Vaccination report Assam 1896-1927 - 1896-1927
Year: 1896
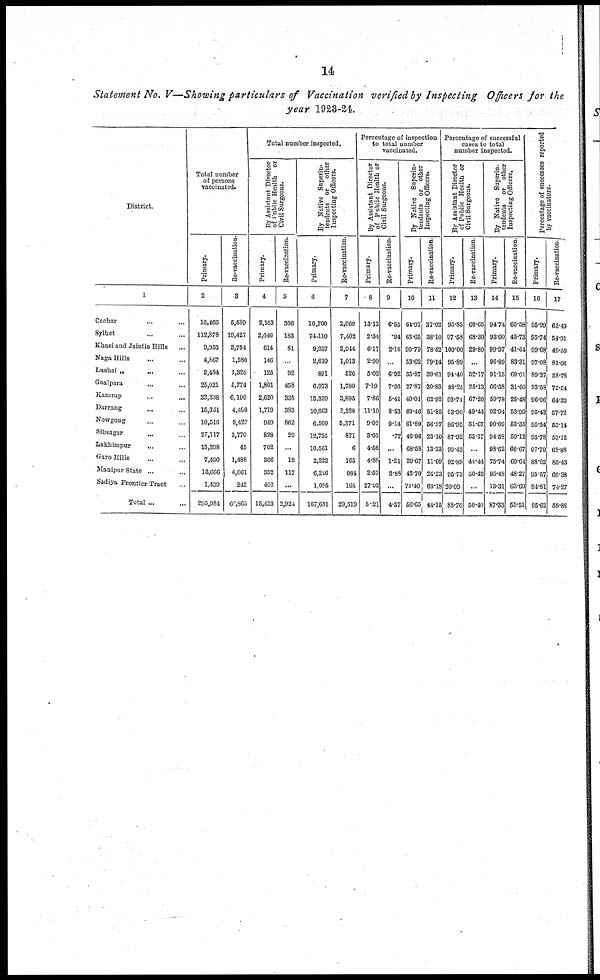
14
Statement No. V—Showing particulars of Vaccination verified by Inspecting Officers for the
year 1923-24.
District.
1
Cachar... ...
Sylhet... ...
Khasi and Jaintia Hills...
Naga Hills... ...
Lushai „
... ... ...
Goalpara... ... ...
Kamrup.
...
...
Darrang... ...
Nowgong... ...
Sibsagar... ...
Lakhimpur... ...
Garo Hills... ... ...
Manipur State ...
Sadiya Frontier Tract
Total ...
Total number
of persons
vaccinated.
Primary.
2
16,466
112,878
9,953
4,867
2,484
25,021
33,338
15,351
10,516
27,117
15,398
7,490
13,666
1,439
295,984
Re-vaccination.
3
5,589
19,427
3,754
1,280
1,328
5,774
6,190
4,490
9,427
3,770
45
1,488
4,061
242
68,865
Total number inspected.
By Assistant Director
of Public
Health or
Civil Surgeons.
Primary.
4
2,163
2,646
614
146
125
1,801
2,620
1,719
949
828
702
366
352
402
15,433
Re-vaccination.
5
366
183
81
...
92
458
335
383
862
29
...
18
117
...
2,924
By Native Superin-
tendents or other
Inspecting
Officers.
Primary.
6
10,700
74,110
9,037
2,610
891
6,973
13,339
10,663
6,509
12,735
10,561
2,222
6,246
1,085
167,681
Re-vaccination.
7
2,069
7,402
2,944
1,013
526
1,780
3,895
2,328
5,371
871
6
165
984
165
29,519
Percentage of inspection
to total number
vaccinated.
By Assistant Director
of Public Health or
Civil Surgeons.
Primary.
8
13.13
2.34
6.17
2.99
5.03
7.19
7.86
11.19
9.02
3.05
4.56
4.88
2.67
27.93
5.21
Re-vaccination.
9
6.55
.94
2.16
.
6.92
7.93
6.41
8.53
9.14
.77
...
1.21
2.88
...
4.37
By Native Superin-
tendents or other
Inspecting Officers.
Primary.
10
64.97
65.65
90.79
53.62
35.87
27.87
40.01
69.46
61.89
46.96
68.58
29.67
45.70
75.40
56.65
Re-vaccination.
11
37.02
38.10
78.42
79.14
39.61
30.83
62.92
51.85
56.97
23.10
13.33
11.09
24.23
68.18
44.15
Percentage of successful
cases to total
number inspected.
By Assistant Director
of Public Health or
Civil Surgeons.
Primary.
12
95.83
97.58
100.00
95.89
91.40
88.25
93.74
93.90
86.95
87.92
99.43
92.89
95.73
20.09
88.76
Re-vaccination.
13
60.65
63.30
29.80
...
52.17
25.13
67.20
49.44
51.67
55.17
...
44.44
50.42
...
50.40
By Native Superin-
tendents or other
Inspecting Officers.
Primary.
14
94.74
93.00
99.97
96.89
91.13
66.38
59.78
92.94
90.09
94.58
93.62
75.74
95.48
73.31
87.33
Re-vaccination.
15
65.58
45.73
41.64
83.31
69.01
31.60
25.48
53.99
53.35
59.12
66.65
69.64
48.27
63.69
55.51
Percentage of successes reported
by vaccinators.
Primary.
16
95.99
95.74
99.68
97.08
89.37
93.58
96.06
95.43
95.34
95.78
97.79
88.62
95.57
94.81
95.62
Re-vaccination
17
63.49
54.31
49.59
81.06
58.78
75.54
64.33
57.72
55.14
57.12
63.88
85.43
66.38
74.27
59.88